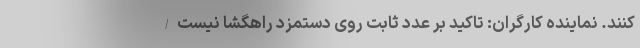
‌کنند. نماینده کارگران: تاکید بر عدد ثابت روی دستمزد راهگشا نیست/